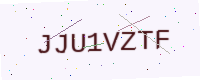
Text: JJU1VZTF